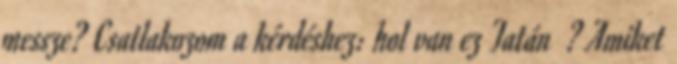
messze? Csatlakozom a kérdéshez: hol van ez Tatán ? Amiket